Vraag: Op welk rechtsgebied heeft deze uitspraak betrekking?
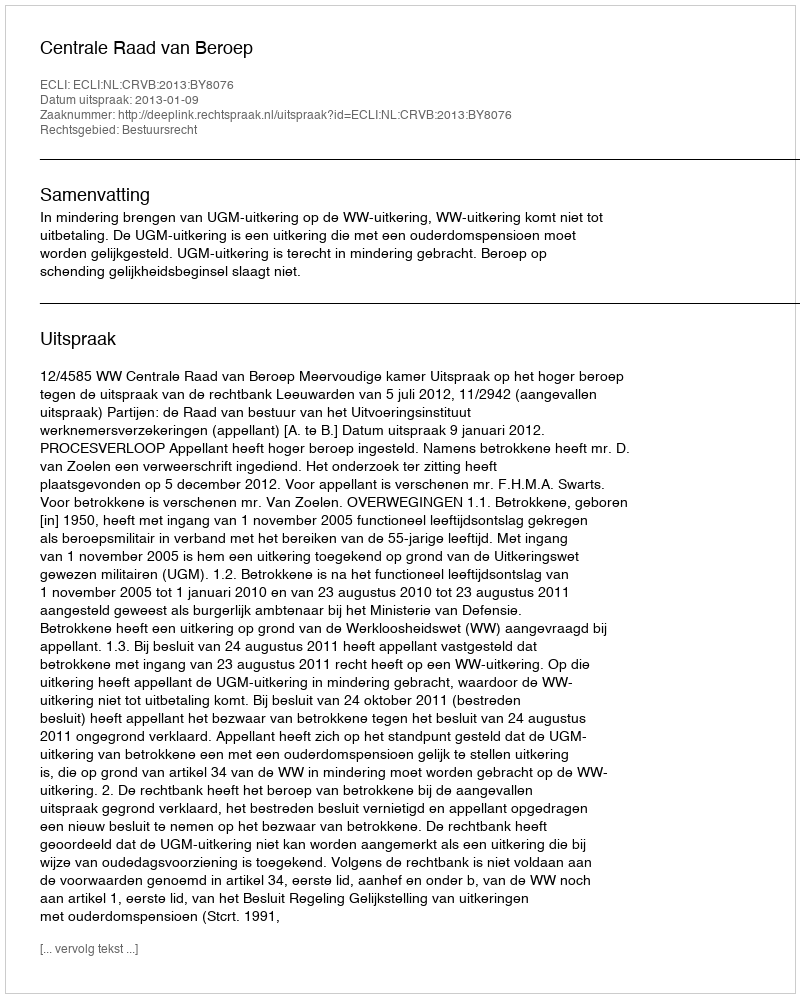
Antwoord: Bestuursrecht